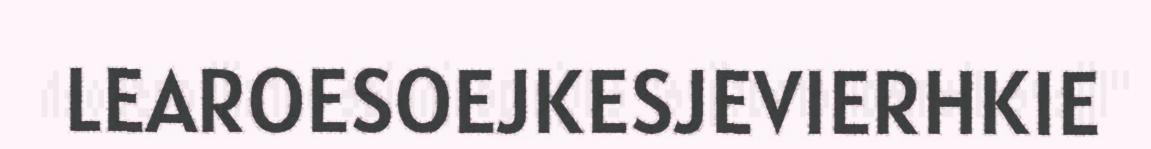
LEAROESOEJKESJEVIERHKIE